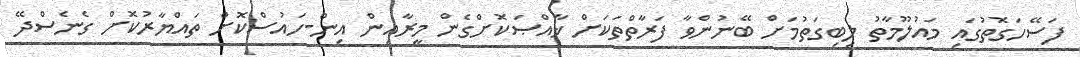
ފަސޭހަގޮތުގައި މައުލޫމާތު ލިބިގަތުމަށް ބޭނުންވާ ފަރާތްތަކަށް ޚާއްޞަކޮށްގެން މީރާއިން އިން-ހައުސްކޮށް ތައްޔާރުކޮށް ގެނެސްދޭ